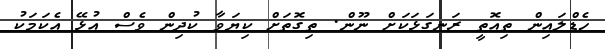
ހެޑްލައިން ތިއޮތީ ރަނގަޅަކަށް ނޫން. ތިގޮތަށް ކިޔަވާ ކުދިން ވެސް އުޅޭ އެކަމަކު